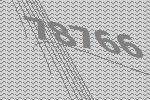
78766